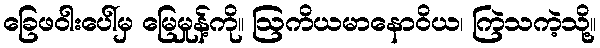
ခြေဖဝါးပေါ်မှ မြေမှုန့်ကို။ ဩကိယမာနောဝိယ၊ ကြဲသကဲ့သို့။